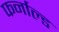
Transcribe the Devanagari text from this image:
फर्नाल्ड